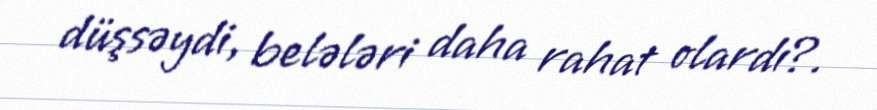
düşsəydi, belələri daha rahat olardı?.